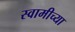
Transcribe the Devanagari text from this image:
स्‍वामीच्‍या